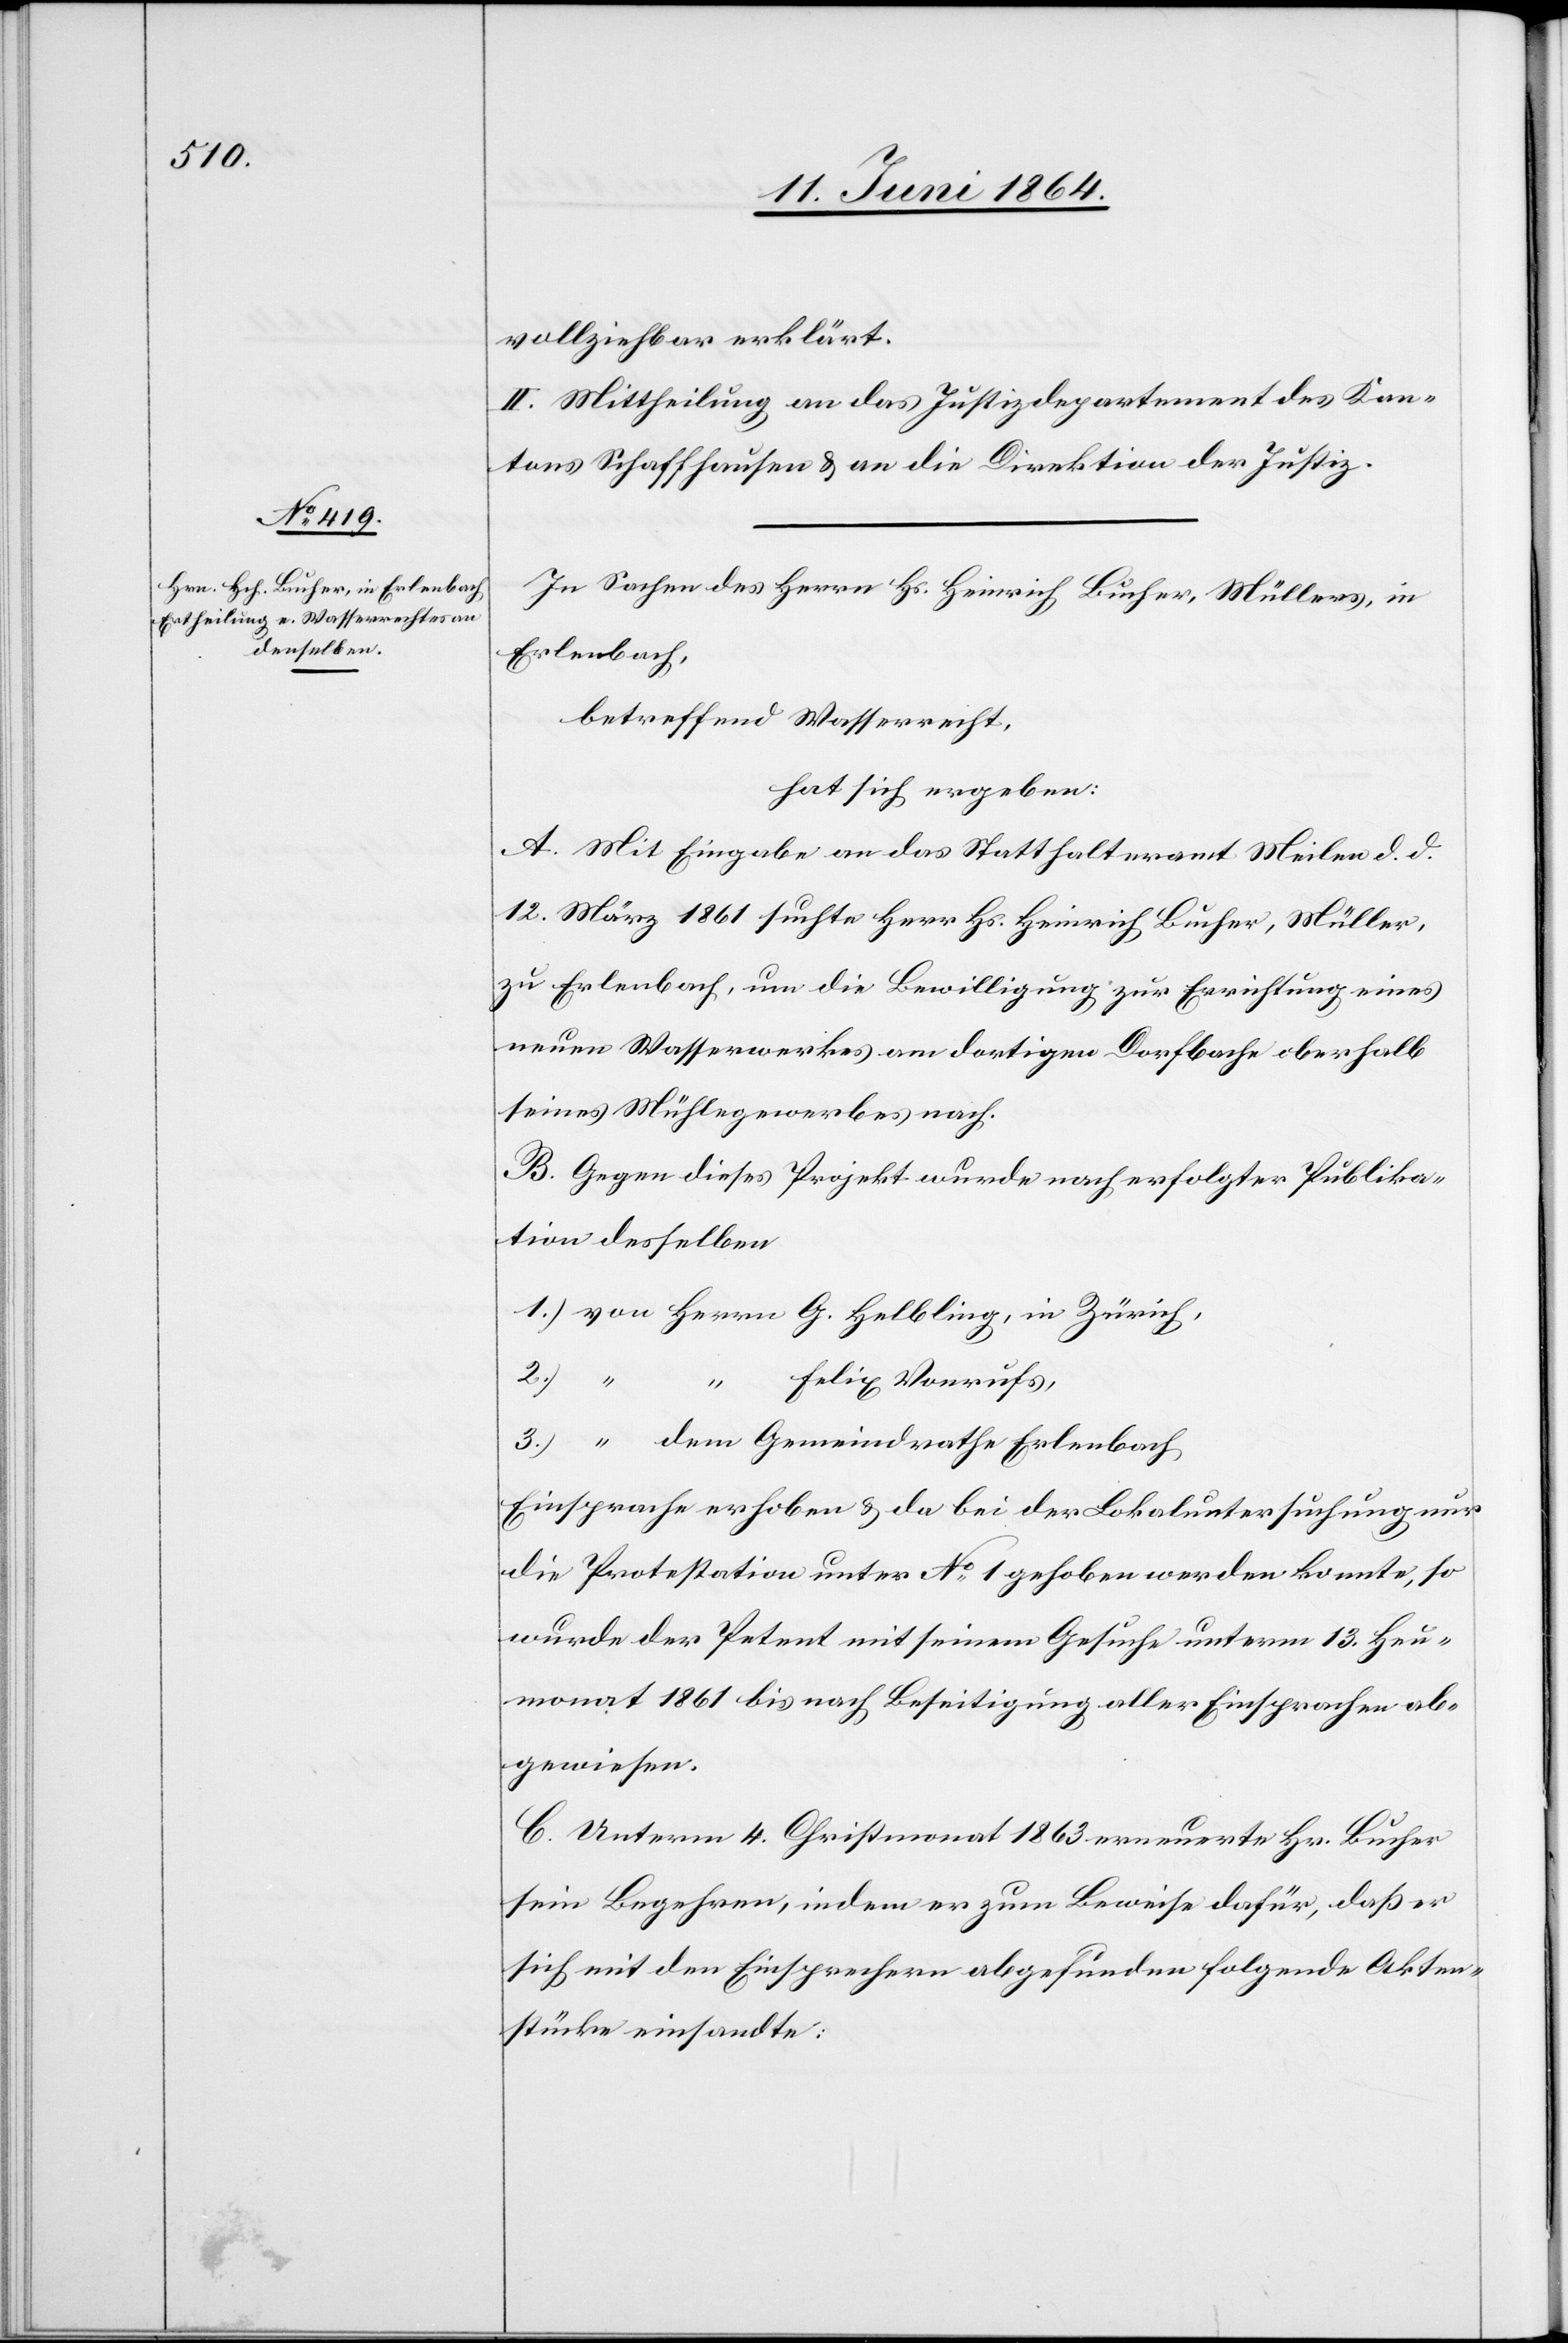
vollziehbar erklärt.
II. Mittheilung an das Justizdepartement des Kan¬
tons Schaffhausen u. an die Direktion der Justiz.
In Sachen des Herrn Hs. Heinrich Bucher, Müllers, in
Erlenbach,
betreffend Wasserrecht,
hat sich ergeben:
A. Mit Eingabe an das Statthalteramt Meilen d. d.
12. März 1861 suchte Herr Hs. Heinrich Bucher, Müller,
zu Erlenbach, um die Bewilligung zur Errichtung eines
neuen Wasserwerkes am dortigen Dorfbache oberhalb
seines Mühlegewerbes nach.
B. Gegen dieses Projekt wurde nach erfolgter Publika¬
tion desselben
1.) von Herrn	G. Helbling, in Zürich
“		Felix Vonrufs,
3.) “ dem	 Gemeindrathe Erlenbach
Einsprache erhoben u. da bei der Lokaluntersuchung nur
die Protestation unter No 1 gehoben werden konnte, so
wurde der Petent mit seinem Gesuche unterm 13. Heu¬
monat 1861 bis nach Beseitigung aller Einsprachen ab¬
gewiesen.
C. Unterm 4. Christmonat 1863 erneuerte Hr. Bucher
sein Begehren, indem er zum Beweise dafür, daß er
sich mit den Einsprachen abgefunden folgende Akten¬
stücke einsandte: